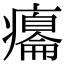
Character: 癟